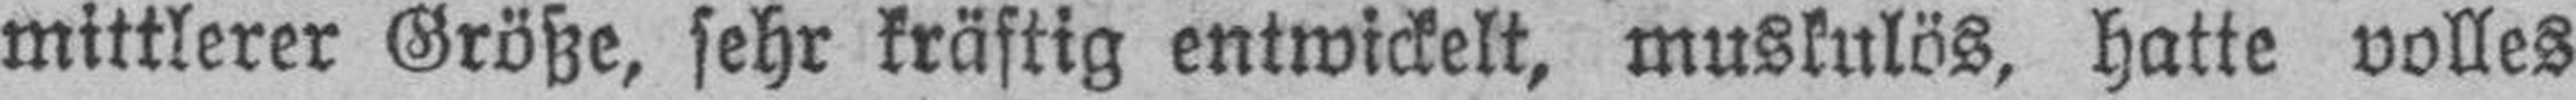
mittlerer Größe, sehr kräftig entwickelt, muskulös, hatte volles